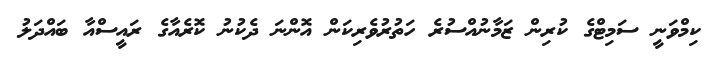
ކިމްވަނީ ސަމިޓްގެ ކުރިން ޒަމާނުއްސުރެ ހަތުރުވެރިކަން އޮންނަ ދެކުނު ކޮރެއާގެ ރައީސްއާ ބައްދަލު